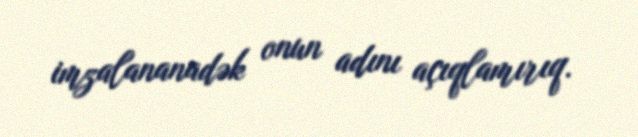
imzalananadək onun adını açıqlamırıq.